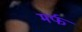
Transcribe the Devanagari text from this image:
मर्फ